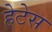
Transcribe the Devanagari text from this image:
हेटेस